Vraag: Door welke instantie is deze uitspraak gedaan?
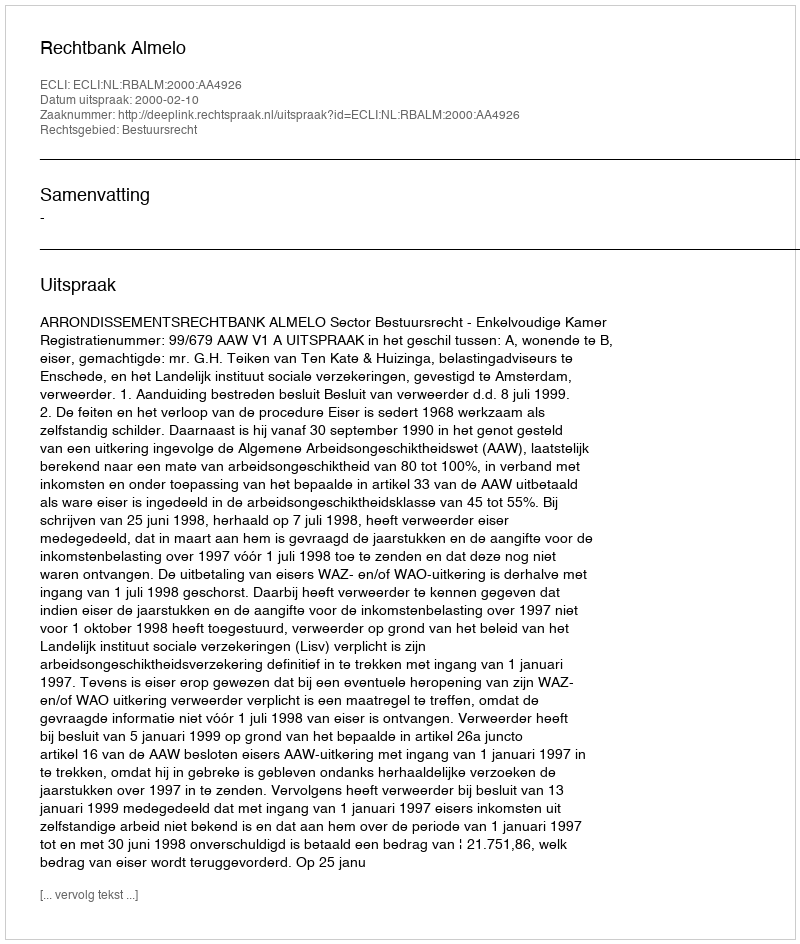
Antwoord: Rechtbank Almelo